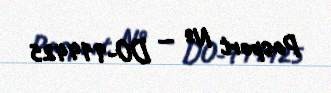
Pasport № — DO-914425